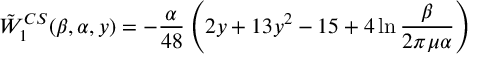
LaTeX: \tilde { W } _ { 1 } ^ { C S } ( \beta , \alpha , y ) = - { \frac { \alpha } { 4 8 } } \left( 2 y + 1 3 y ^ { 2 } - 1 5 + 4 \ln { \frac { \beta } { 2 \pi \mu \alpha } } \right)